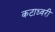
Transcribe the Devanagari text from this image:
कटाध्वरी